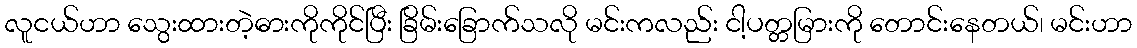
လူငယ်ဟာ သွေးထားတဲ့ဓားကိုကိုင်ပြီး ခြိမ်းခြောက်သလို မင်းကလည်း ငါ့ပတ္တမြားကို တောင်းနေတယ်၊ မင်းဟာ